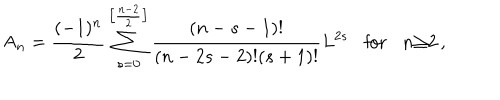
{ \sf A } _ { n } = \frac { ( - 1 ) ^ { n } } { 2 } \sum _ { s = 0 } ^ { \left[ \frac { n - 2 } { 2 } \right] } \frac { ( n - s - 1 ) ! } { ( n - 2 s - 2 ) ! ( s + 1 ) ! } L ^ { 2 s } \mathrm { f o r } n { \geq } 2 \, ,